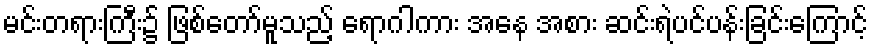
မင်းတရားကြီး၌ ဖြစ်တော်မူသည့် ရောဂါကား အနေ အစား ဆင်းရဲပင်ပန်းခြင်းကြောင့်